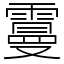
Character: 𩅍